Civil Veterinary Department. Madras. Admin. report 1926-33 - 1926-1933
Year: 1926
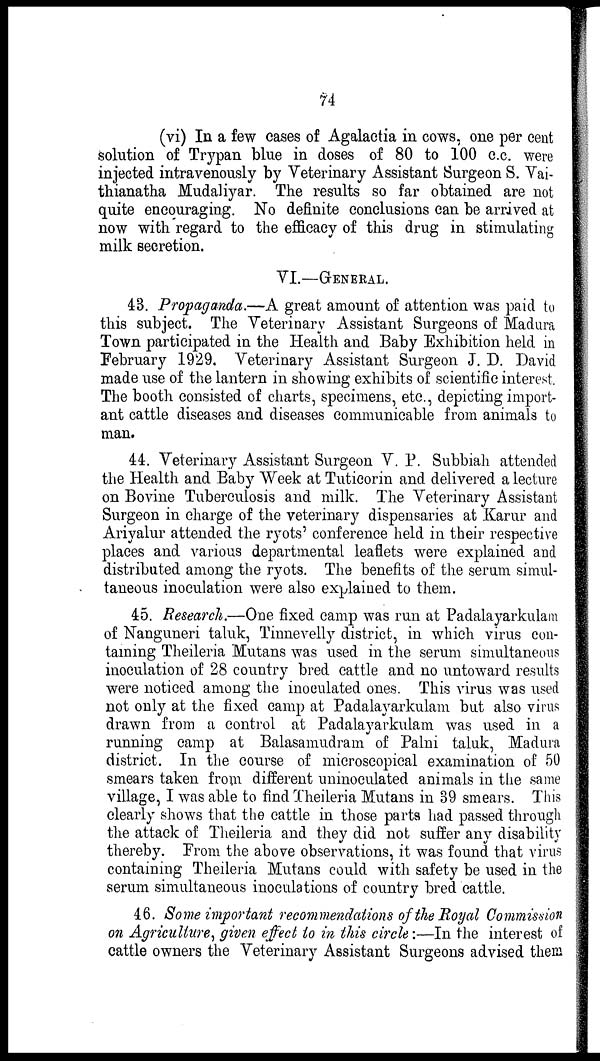
74
(vi) In a few oases of Agalactia in cows, one per cent
solution of Trypan blue in doses of 80 to 100 c.c. were
injected intravenously by Veterinary Assistant Surgeon S. Vai-
thianatha Mudaliyar. The results so far obtained are not
quite encouraging. No definite conclusions can be arrived at
now with regard to the efficacy of this drug in stimulating
milk secretion.
VI.—GENERAL.
48. Propaganda.—A great amount of attention was paid to
this subject. The Veterinary Assistant Surgeons of Madura
Town participated in the Health and Baby Exhibition held in
February 1929. Veterinary Assistant Surgeon J. D. David
made use of the lantern in showing exhibits of scientific interest.
The booth consisted of charts, specimens, etc., depicting import-
ant cattle diseases and diseases communicable from animals to
man.
44. Veterinary Assistant Surgeon V. P. Subbiah attended
the Health and Baby Week at Tuticorin and delivered a lecture
on Bovine Tuberculosis and milk. The Veterinary Assistant
Surgeon in charge of the veterinary dispensaries at Karur and
Ariyalur attended the ryots' conference held in their respective
places and various departmental leaflets were explained and
distributed among the ryots. The benefits of the serum simul-
taneous inoculation were also explained to them.
45. Research.—One fixed camp was run at Padalayarkulam
of Nanguneri taluk, Tinnevelly district, in which virus con-
taining Theileria Mutans was used in the serum simultaneous
inoculation of 28 country bred cattle and no untoward results
were noticed among the inoculated ones. This virus was used
not only at the fixed camp at Padalayarkulam but also virus
drawn from a control at Padalayarkulam was used in a
running camp at Balasamudram of Palni taluk, Madura
district. In the course of microscopical examination of 50
smears taken from different uninoculated animals in the same
village, I was able to find Theileria Mutans in 89 smears. This
clearly shows that the cattle in those parts had passed through
the attack of Theileria and they did not suffer any disability
thereby. Prom the above observations, it was found that virus
containing Theileria Mutans could with safety be used in the
serum simultaneous inoculations of country bred cattle.
46. Some important recommendations of the Royal Commission
on Agriculture, given effect to in this circle:—In the interest of
cattle owners the Veterinary Assistant Surgeons advised them